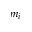
m _ { i }